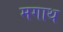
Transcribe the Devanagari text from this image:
मगाथ